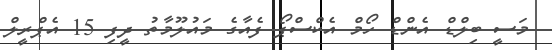
މަސީ ބިލްޑް އެންޑް ހޯމް އެކްސްޕޯ ފެއާގެ މައުލޫމާތު ދީފި 15 އެޕްރީލް